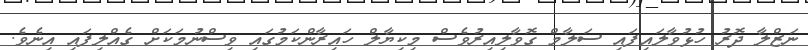
ނަޒްލާ ދޮރު ހުޅުވާލައިފައި ސަލާމް ގޮވާލިއިރުވެސް މިކިޔާލް ހައިރާންކަމުގައި ވިސްނުމަކަށް ގެއްލިފައި އިނެވެ.